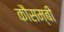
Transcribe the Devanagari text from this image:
कौसम्बी